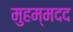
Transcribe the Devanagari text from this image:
मुहम्मदद